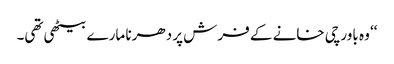
‘‘ وہ باورچی خانے کے فرش پر دھرنا مارے بیٹھی تھی۔